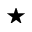
\star